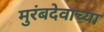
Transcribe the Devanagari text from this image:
मुरंबदेवाच्या